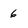
Character: 6